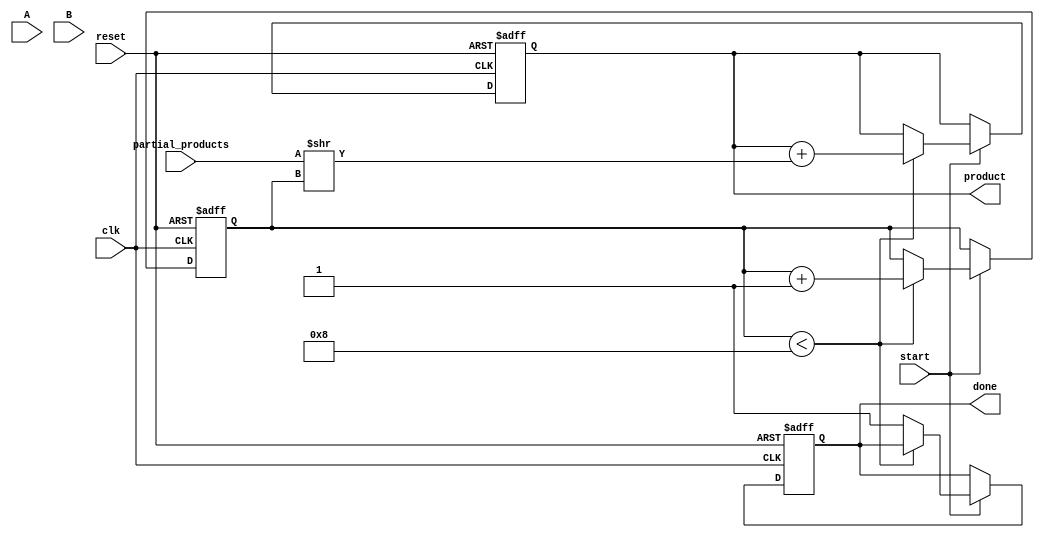
module PartialProductAccumulator #(
    parameter A_WIDTH = 8, // Width of multiplicand
    parameter B_WIDTH = 8  // Width of multiplier
)(
    input  wire [A_WIDTH-1:0] A,                 // Multiplicand
    input  wire [B_WIDTH-1:0] B,                 // Multiplier
    input  wire [A_WIDTH+B_WIDTH-1:0] partial_products, // Partial products input
    input  wire start,                            // Start signal
    input  wire reset,                           // Asynchronous reset
    input  wire clk,                             // Clock signal
    output reg [A_WIDTH+B_WIDTH-1:0] product,   // Final product output
    output reg done                              // Done signal
);

    reg [3:0] count; // Counter to keep track of the number of partial products processed

    // Asynchronous reset
    always @(posedge clk or posedge reset) begin
        if (reset) begin
            product <= 0;
            count <= 0;
            done <= 0;
        end else if (start) begin
            if (count < B_WIDTH) begin
                // Accumulate the partial product
                product <= product + (partial_products >> count);
                count <= count + 1;
            end else begin
                done <= 1; // All partial products processed
            end
        end
    end

endmodule